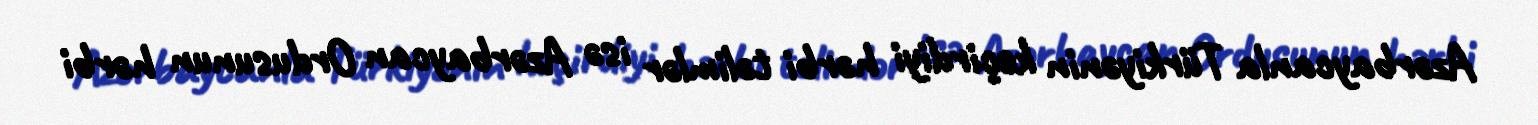
Azərbaycanla Türkiyənin keçirdiyi hərbi təlimlər isə Azərbaycan Ordusunun hərbi